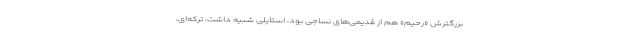
بزرگترش «رحیم» هم از قدیمی‌های نساجی بود، استایلی شبیه داشت، ترکه‌ای،